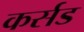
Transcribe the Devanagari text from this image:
कर्सड